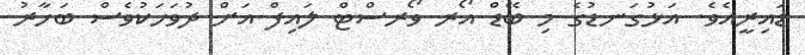
ޑައިރީއެވެ. އަޅުގަނޑުގެ މި ބޭޑް އޯރ ވޯރސްޓް ލައިފް އަށް ދުވަހަކުވެސް ބަހާރު